system: You are a helpful assistant.
user:
Analyze the provided spectrum to determine if it is a **Carbon Star (C-type)**.

- **Key Visual Indicators of Carbon Star:**
    - **(Primary):** Strong molecular absorption from **C₂ (diatomic carbon) "Swan Bands."** This is the **defining feature** of a carbon star.
        - **(Key Bandheads):** Sharp absorption edges are visible at approximately $5635$ Å, $5165$ Å (the strongest band), and $4737$ Å.
        - **(Line Profile):** Creates a distinct **"saw-tooth"** pattern. The key morphology is a sharp, steep bandhead on the **red (long-wavelength) side**, which then gradually tapers off (i.e., flux recovers) towards the **blue (short-wavelength) side**. *(This is the direct opposite of the TiO bands seen in M-type stars)*.

    - **(Secondary):** Intense **CN (cyanogen)** molecular absorption bands.
        - **(Key Bandheads):** Located in the blue and violet regions of the spectrum (e.g., near $4215$ Å and $3883$ Å).
        - **(Morphology):** These bands are extremely broad and act as a "blanket," absorbing the vast majority of blue and violet light. This creates a characteristic **"cliff"** or **"steep drop-off"** in the spectrum's flux at short wavelengths.

    - **(Key Confirmation):** Strong **CH absorption band (G-band)**.
        - **(Key Bandhead):** Located around $4300$ Å. The contribution from CH molecules to this band is exceptionally strong.

    - **(Overall Spectrum):**
        - The continuum is severely "chopped up" by these deep molecular bands, especially C₂, rather than appearing as a smooth curve.
        - Due to the heavy CN and C₂ absorption in the blue-green, the vast majority of the star's flux is concentrated in the red part of the spectrum, giving the star its characteristic deep red color.

Think first, call **spectral_visualization_tool** if needed to examine features in detail, then provide your final answer. Your response must adhere to the following strict rules:
1.  **Overall Structure:** Your response must follow the format `<think>...</think> <tool_call>...</tool_call> (if a tool is used) <answer>...</answer>`.
2.  **Tool Usage Constraint:** You may only make **one** tool call per turn.
3.  **Final Answer Format:** In the `<answer>` tag, your conclusion must be inside a `\boxed{}` command (e.g., `\boxed{YES}`), followed by your justification.

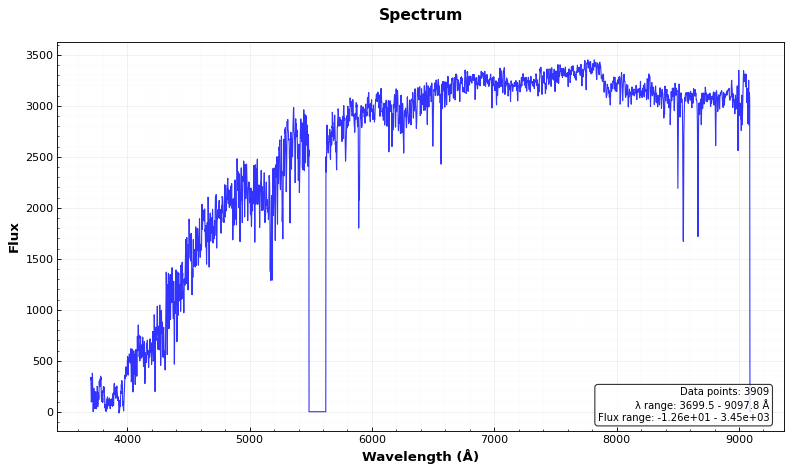
Answer: NO